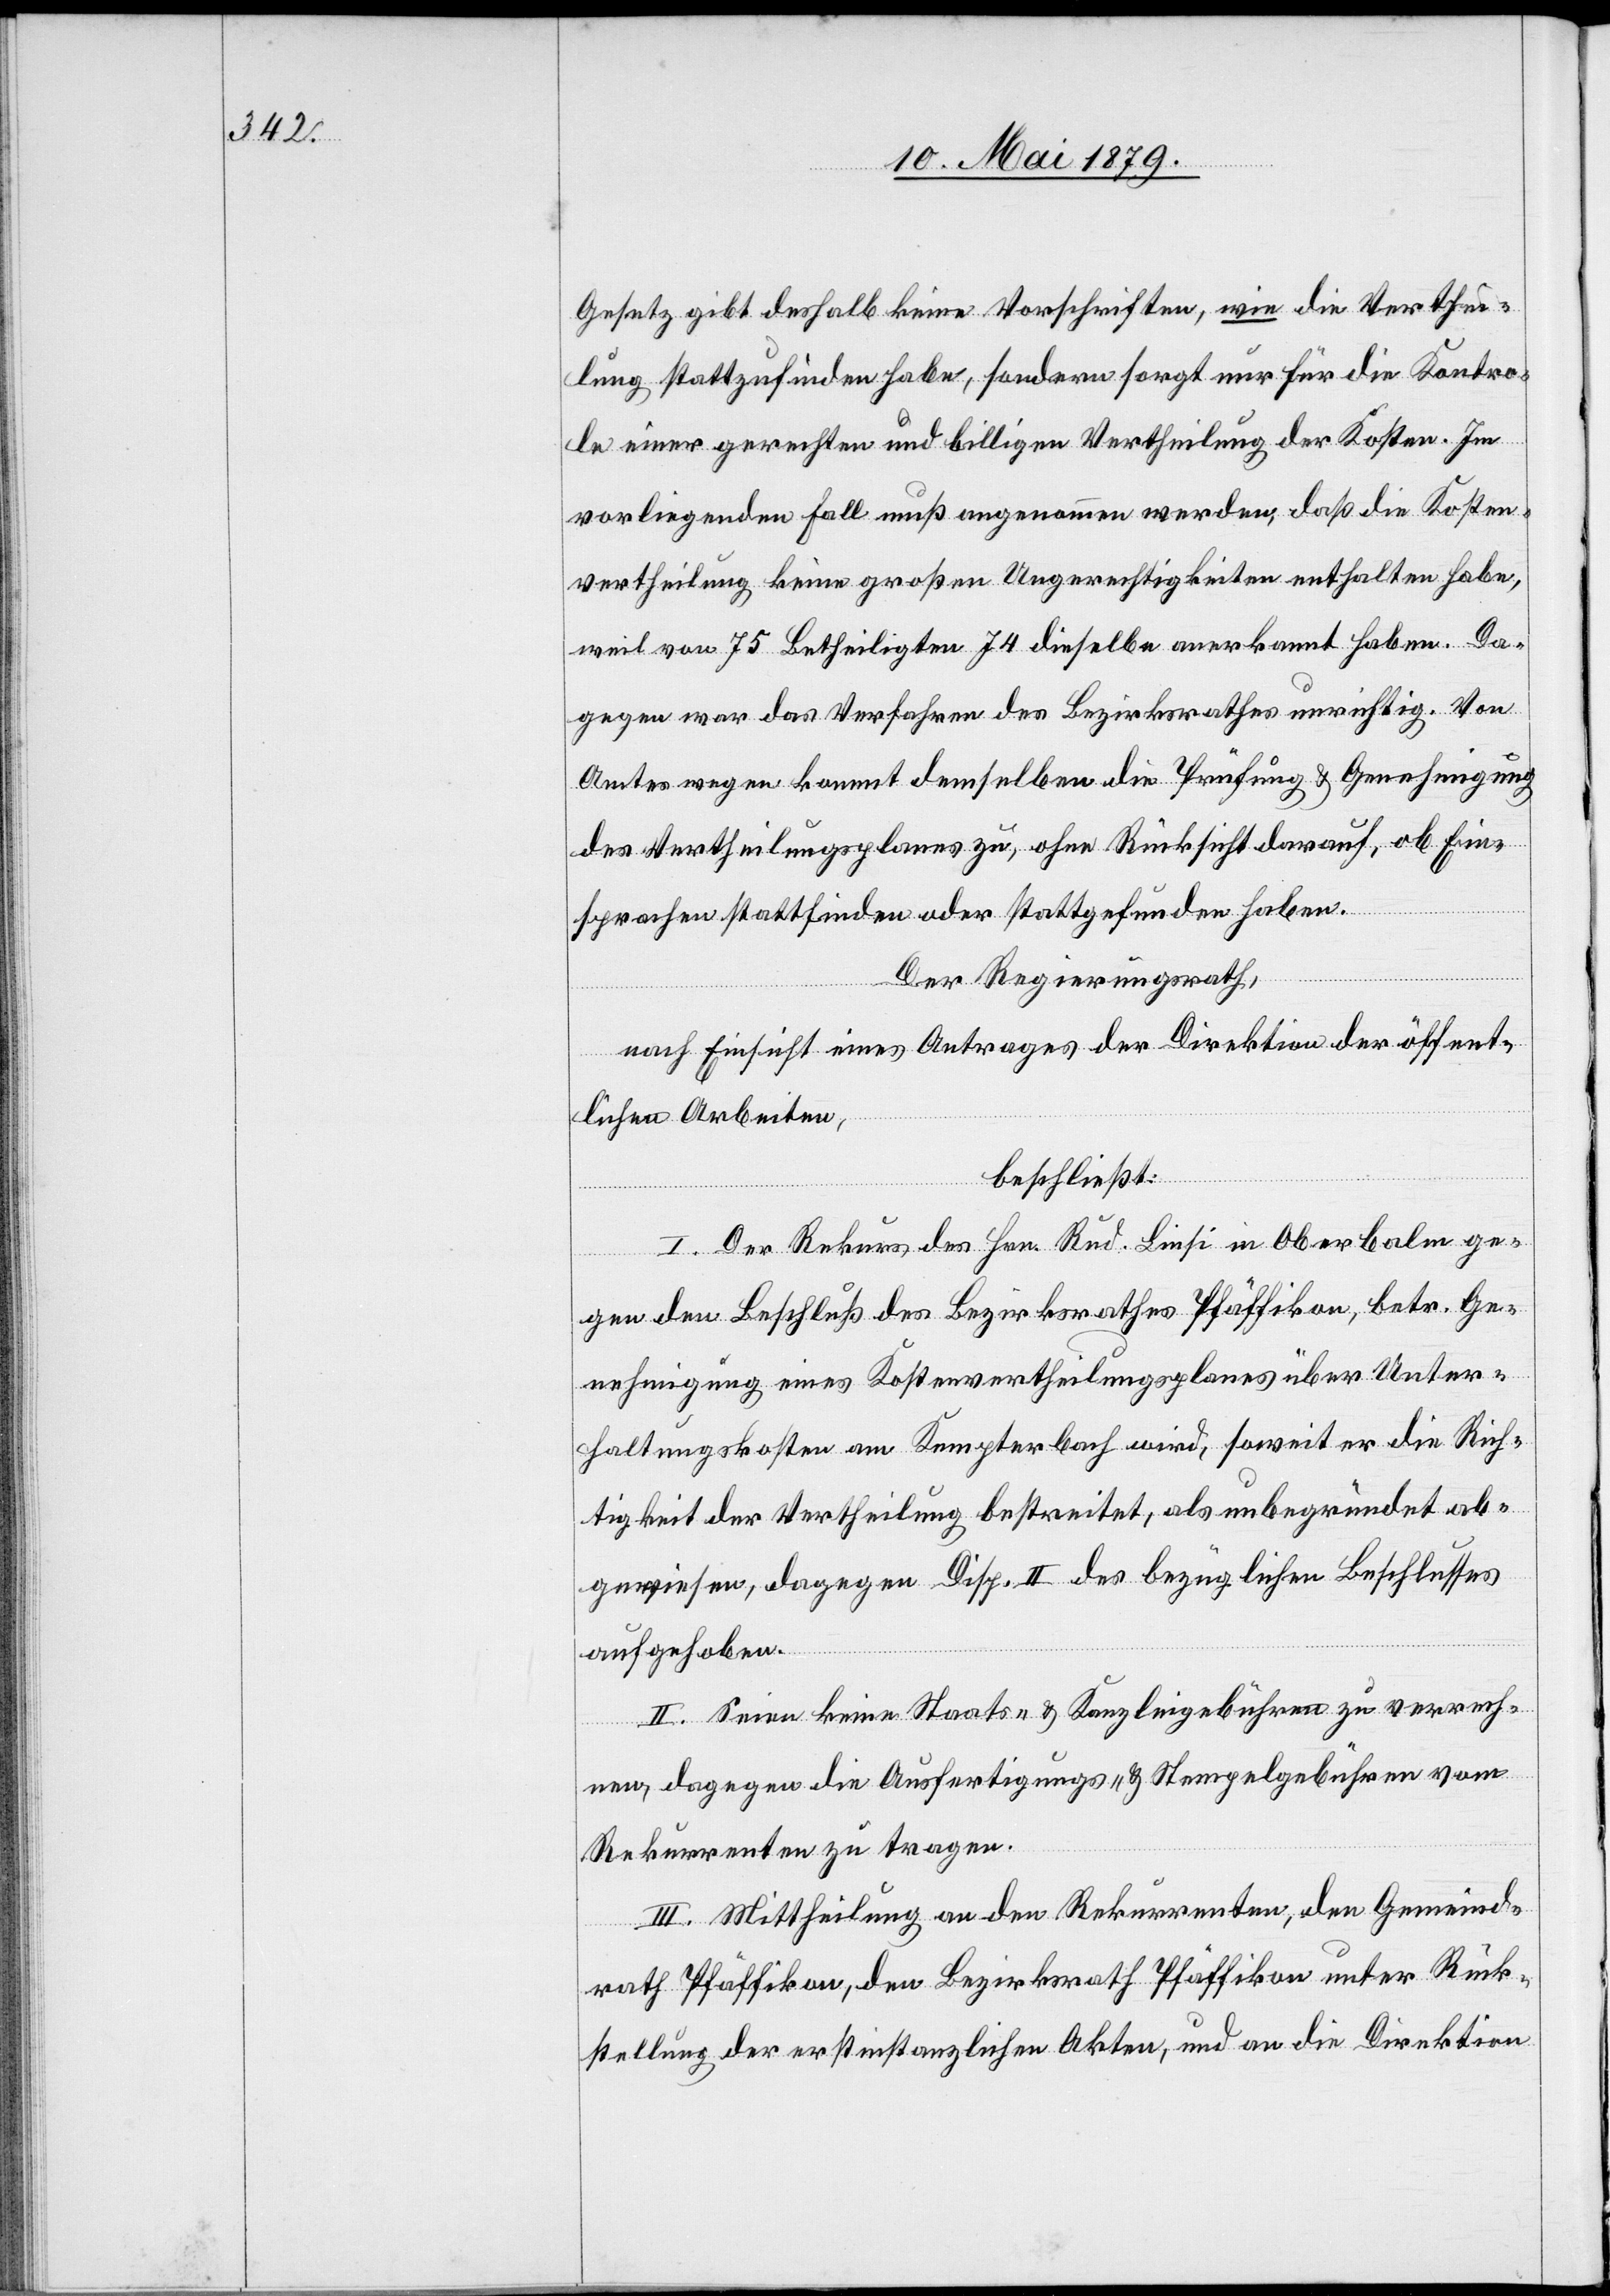
Gesetz gibt deshalb keine Vorschriften, wie die Verthei¬
lung stattzufinden habe, sondern sorgt nur für die Kontro¬
le einer gerechten und billigen Vertheilung der Kosten. Im
vorliegenden Fall muß angenommen werden, daß die Kosten¬
vertheilung keine großen Ungerechtigkeiten enthalten habe,
weil von 75 Betheiligten 74 dieselbe anerkannt haben. Da¬
gegen war das Verfahren des Bezirksrathes unrichtig. Von
Amtes wegen kommt demselben die Prüfung & Genehmigung
des Vertheilungsplanes zu, ohne Rücksicht darauf, ob Ein¬
sprachen stattfinden oder stattgefunden haben.
Der Regierungsrath,
nach Einsicht eines Antrages der Direktion der öffent¬
lichen Arbeiten,
beschließt:
I. Der Rekurs des Hrn. Rud. Linsi in Oberbalm ge¬
gen den Beschluß des Bezirksrathes Pfäffikon, betr. Ge¬
nehmigung eines Kostenvertheilungsplanes über Unter¬
haltungskosten am Kempterbach wird, soweit er die Rich¬
tigkeit der Vertheilung bestreitet, als unbegründet ab¬
gewiesen, dagegen Disp. II des bezüglichen Beschlusses
aufgehoben.
II. Seien keine Staats- & Kanzleigebühren zu verrech¬
nen, dagegen die Ausfertigungs- & Stempelgebühren vom
Rekurrenten zu tragen.
III. Mittheilung an den Rekurrenten, den Gemeind¬
rath Pfäffikon, den Bezirksrath Pfäffikon unter Rück¬
stellung der erstinstanzlichen Akten, und an die Direktion